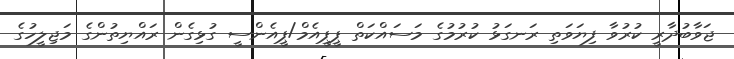
ޖަވާބުދާރީ ކުރުވާ ފިޔަވަތި ރަނގަޅު ކުރުމުގެ މަސައްކަތް ޕީޕީއެމް/ޕީއެންސީ ގުޅިގެން ރައްޔިތުންގެ މަޖިލީހުގެ